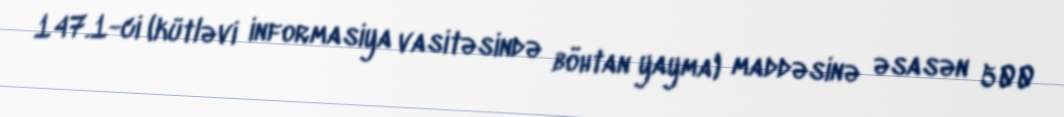
147.1-ci (kütləvi informasiya vasitəsində böhtan yayma) maddəsinə əsasən 500